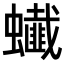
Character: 𧔒